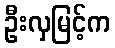
ဦးလှမြင့်က